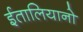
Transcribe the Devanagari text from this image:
ईतालियानो